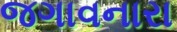
જગાવનારા